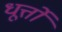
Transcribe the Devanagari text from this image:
धूर्त्तों